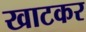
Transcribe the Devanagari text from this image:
खाटकर